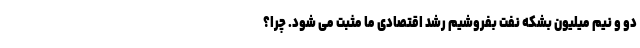
دو و نیم میلیون بشکه نفت بفروشیم رشد اقتصادی ما مثبت می شود. چرا؟